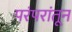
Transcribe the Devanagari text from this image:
परंपरांतून